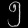
Digit: ၅